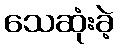
သေဆုံးခဲ့